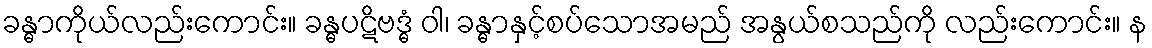
ခန္ဓာကိုယ်လည်းကောင်း။ ခန္ဓပဋိဗဒ္ဓံ ဝါ၊ ခန္ဓာနှင့်စပ်သောအမည် အနွယ်စသည်ကို လည်းကောင်း။ န